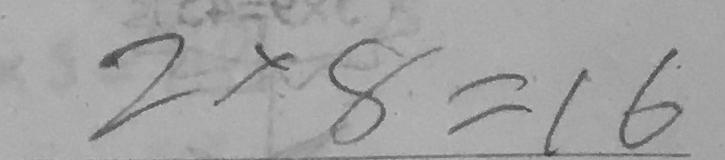
2 \times 8 = 1 6